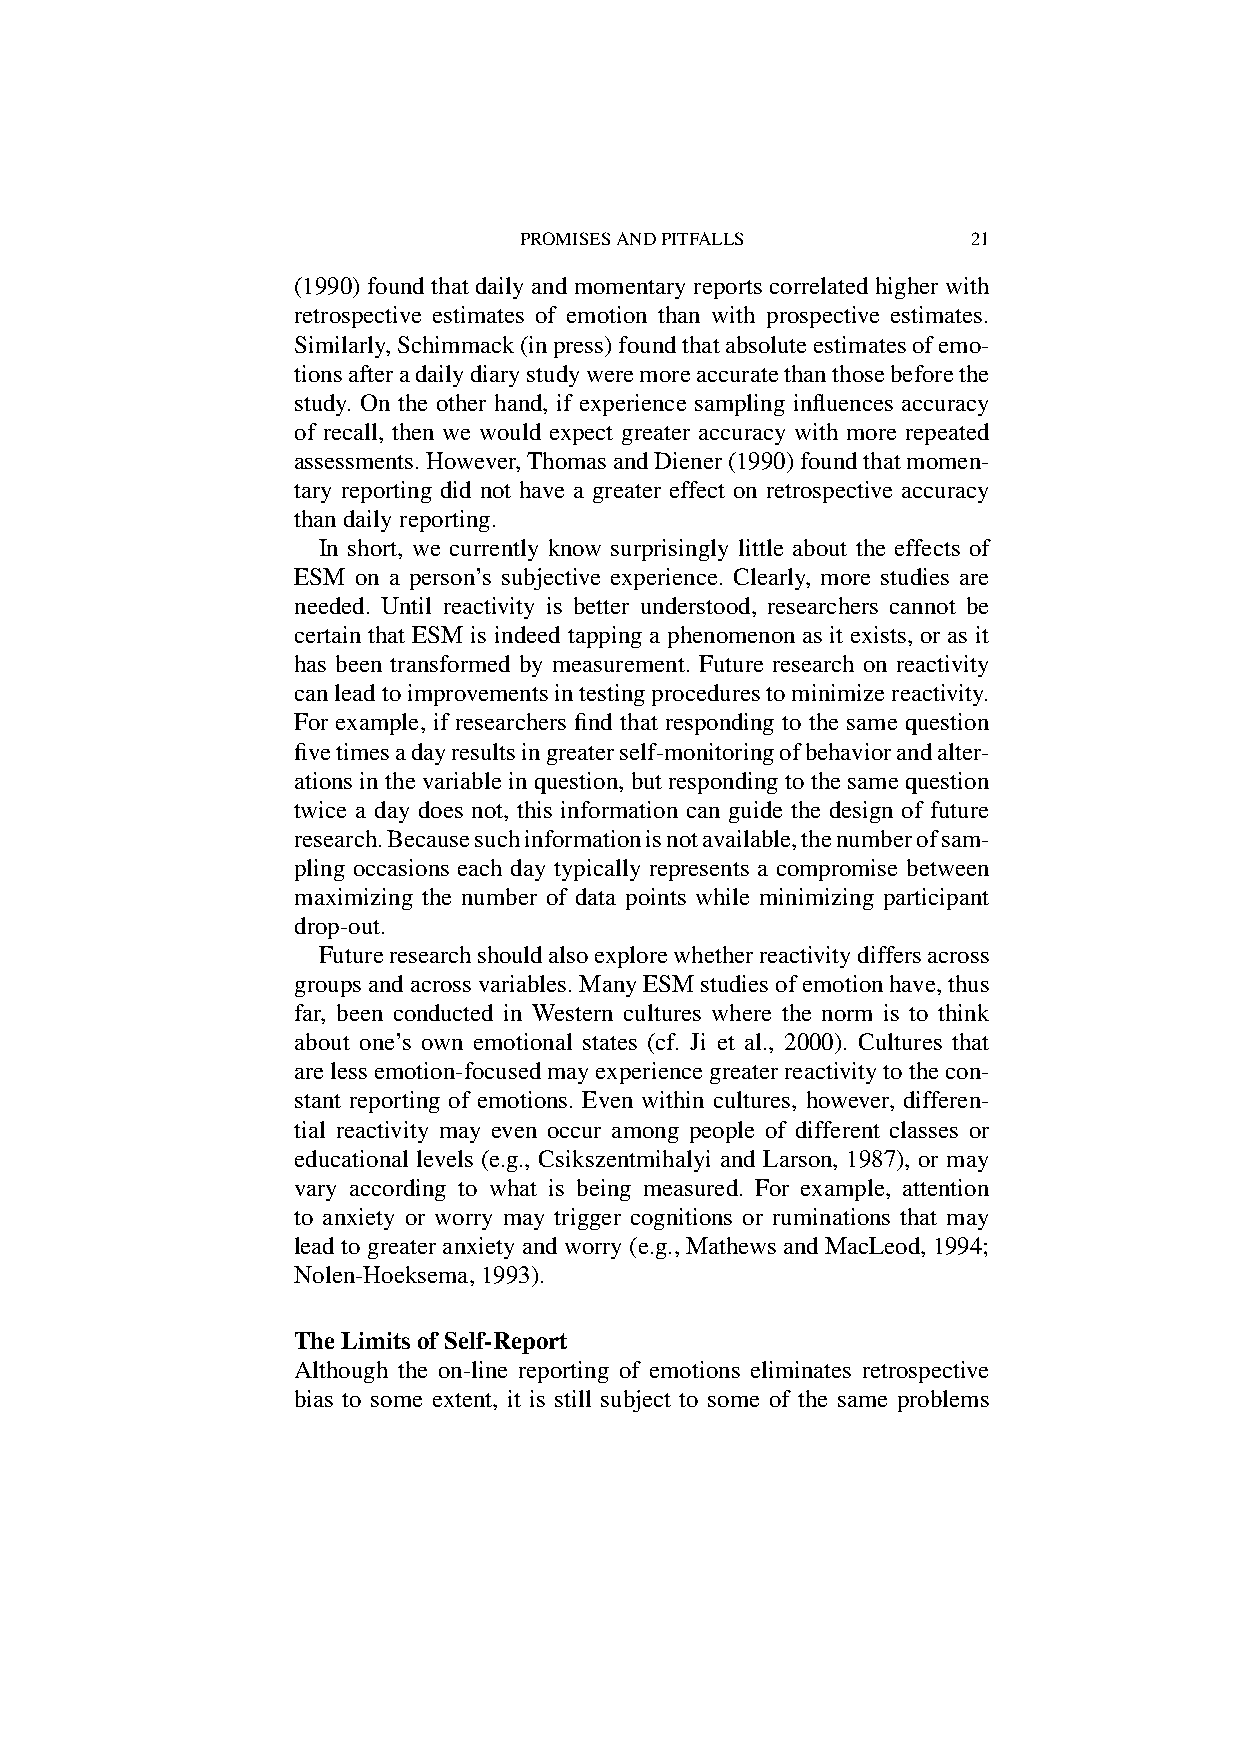
PROMISESANDPITFALLS           21
 (1990) found that daily and momentary reports correlated higher with
 retrospective estimates of emotion than with prospective estimates.
 Similarly,Schimmack(inpress)foundthatabsoluteestimatesofemo-
 tionsafteradailydiarystudyweremoreaccuratethanthosebeforethe
 study. On the other hand, if experience sampling influences accuracy
 of recall, then we would expect greater accuracy with more repeated
 assessments.However,ThomasandDiener(1990)foundthatmomen-
 tary reporting did not have a greater effect on retrospective accuracy
 thandailyreporting.
 In short, we currently know surprisingly little about the effects of
 ESM on a person’s subjective experience. Clearly, more studies are
 needed. Until reactivity is better understood, researchers cannot be
 certain that ESM is indeed tapping a phenomenon as it exists, or as it
 has been transformed by measurement. Future research on reactivity
 canleadtoimprovementsintestingprocedurestominimizereactivity.
 For example, if researchers find that responding to the same question
 fivetimesadayresultsingreaterself-monitoringofbehaviorandalter-
 ationsinthevariableinquestion,butrespondingtothesamequestion
 twice a day does not, this information can guide the design of future
 research.Becausesuchinformationisnotavailable,thenumberofsam-
 pling occasions each day typically represents a compromise between
 maximizing the number of data points while minimizing participant
 drop-out.
 Futureresearchshouldalsoexplorewhetherreactivitydiffersacross
 groupsandacrossvariables.ManyESMstudiesofemotionhave,thus
 far, been conducted in Western cultures where the norm is to think
 about one’s own emotional states (cf. Ji et al., 2000). Cultures that
 arelessemotion-focusedmayexperiencegreaterreactivitytothecon-
 stant reporting of emotions. Even within cultures, however, differen-
 tial reactivity may even occur among people of different classes or
 educational levels (e.g., Csikszentmihalyi and Larson, 1987), or may
 vary according to what is being measured. For example, attention
 to anxiety or worry may trigger cognitions or ruminations that may
 leadtogreateranxietyandworry(e.g.,MathewsandMacLeod,1994;
 Nolen-Hoeksema,1993).
 TheLimitsofSelf-Report
 Although the on-line reporting of emotions eliminates retrospective
 bias to some extent, it is still subject to some of the same problems